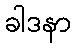
ခါဒနာ